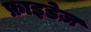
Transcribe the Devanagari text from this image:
फ्राइडेज़